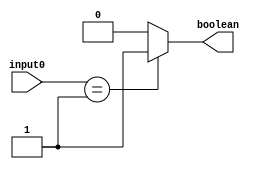
`timescale 1ns / 1ps

module equal_to_one(
    input [15:0] input0,
    output reg boolean);
	 
	always @(*)
		if(input0 == 1)
			begin
				boolean = 1;
			end
		else
			begin
				boolean = 0;
			end
endmodule